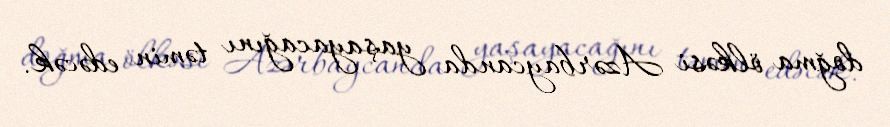
doğma ölkəsi Azərbaycanda yaşayacağını təmin edəcək.